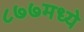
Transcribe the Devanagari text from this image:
८७७मध्ये